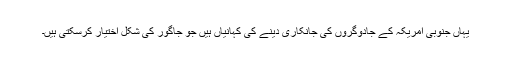
یہاں جنوبی امریکہ کے جادوگروں کی جانکاری دینے کی کہانیاں ہیں جو جاگور کی شکل اختیار کرسکتی ہیں۔